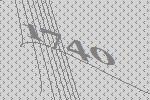
1740